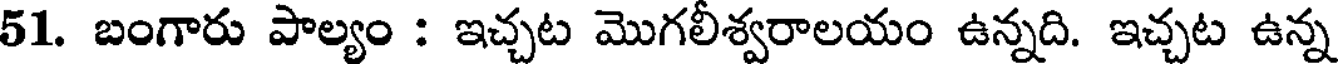
51. బంగారు పాల్యం : ఇచ్చట మొగలీశ్వరాలయం ఉన్నది. ఇచ్చట ఉన్న